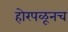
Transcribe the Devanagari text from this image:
होरपळूनच